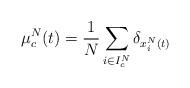
LaTeX: \begin{align*}\mu_{c}^{N}(t)=\frac{1}{N}\sum_{i\in I_{c}^{N}}\delta_{x_{i}^{N}(t)}\end{align*}